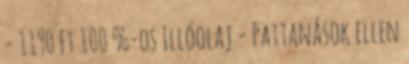
- 1190 Ft 100 %-os Illóolaj - Pattanások ellen